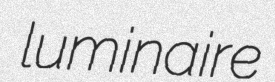
luminaire